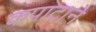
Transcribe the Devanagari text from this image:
कपाटाने